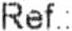
REF.: